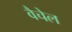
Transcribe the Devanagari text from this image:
वैचेल